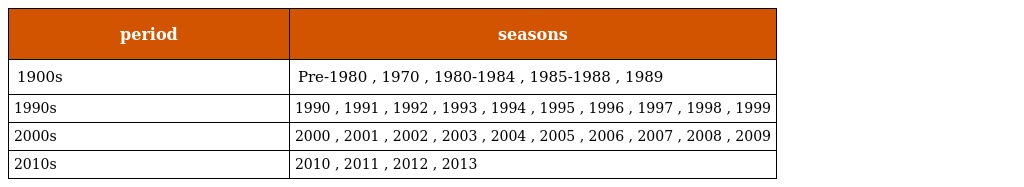
| period | seasons |
 | --- | --- |
 | 1900s | Pre-1980 , 1970 , 1980-1984 , 1985-1988 , 1989 |
 | 1990s | 1990 , 1991 , 1992 , 1993 , 1994 , 1995 , 1996 , 1997 , 1998 , 1999 |
 | 2000s | 2000 , 2001 , 2002 , 2003 , 2004 , 2005 , 2006 , 2007 , 2008 , 2009 |
 | 2010s | 2010 , 2011 , 2012 , 2013 |